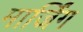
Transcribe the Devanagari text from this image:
मार्जिंग